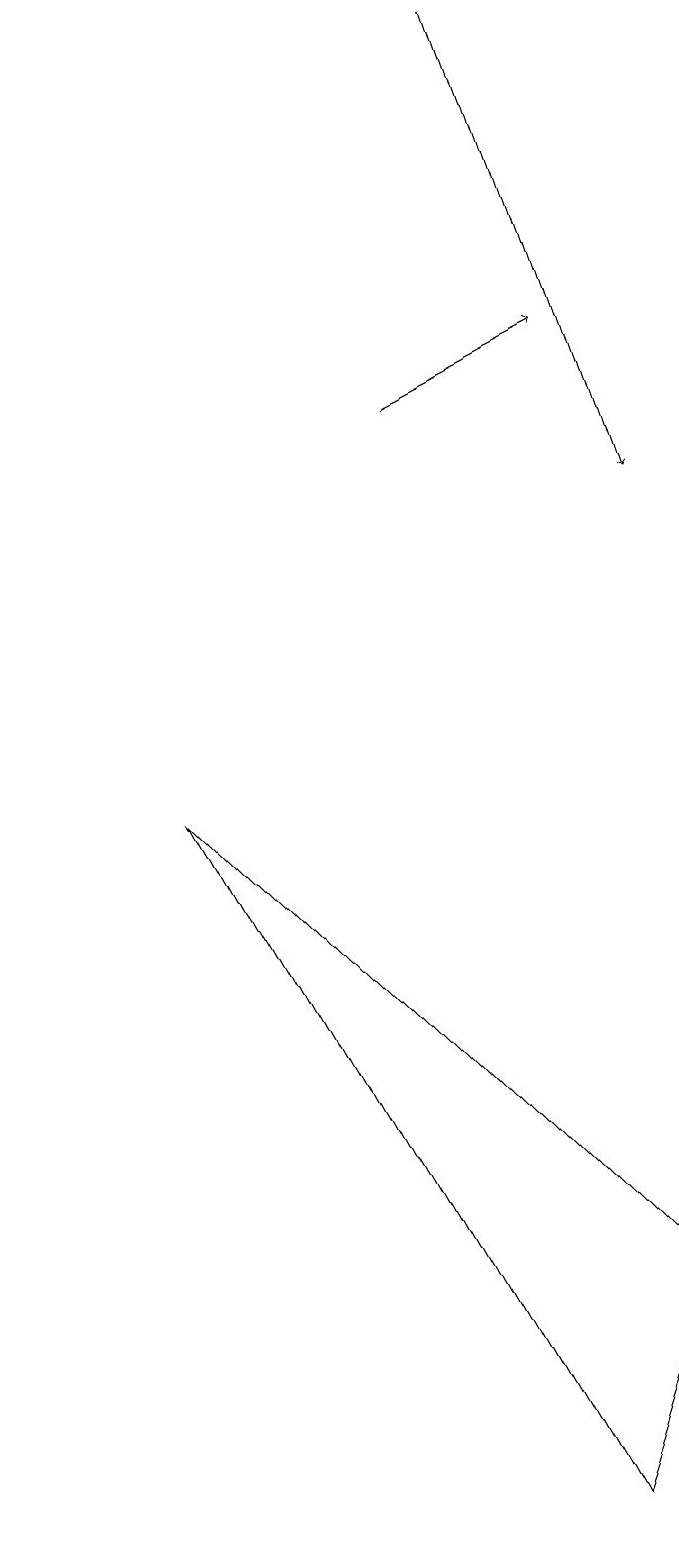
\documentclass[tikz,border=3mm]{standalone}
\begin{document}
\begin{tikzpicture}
\draw[->] (6,14) -- (8,15);
\draw[->] (7,19) -- (9,13);
\draw[->] (1,16) -- (1,17);
\draw (3,9) -- (9,3) -- (8,0) -- cycle;
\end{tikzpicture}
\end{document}